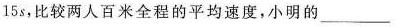
和15s，比较两人百米全程的平均速度，小明的___